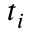
t _ { i }